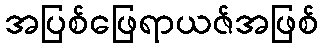
အပြစ်ဖြေရာယဇ်အဖြစ်